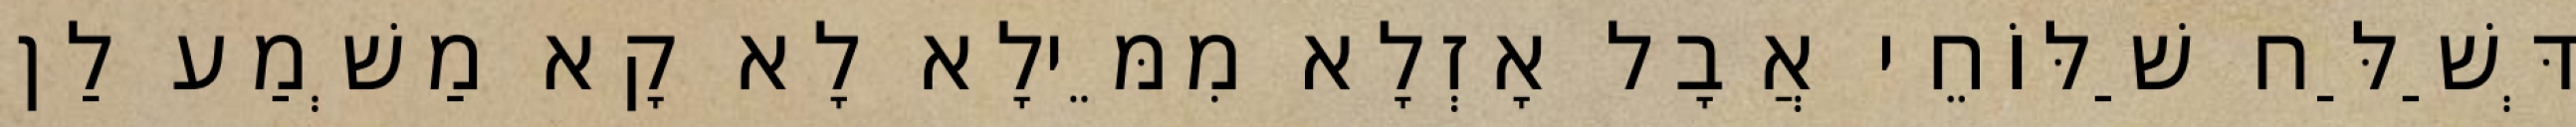
דְּשַׁלַּח שַׁלּוֹחֵי אֲבָל אָזְלָא מִמֵּילָא לָא קָא מַשְׁמַע לַן